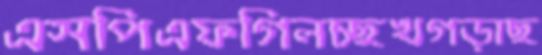
এসপিএফগিলচ্ছখগড়াছ